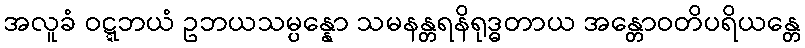
အလူခံ ဝဋ္ဋဘယံ ဥဘယသမ္ပန္နော သမနန္တရနိရုဒ္ဓတာယ အန္တောဝတိပရိယန္တေ